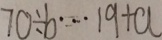
7 0 \div b \cdots 1 9 + a